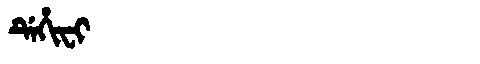
Manchu: ᡩᡝᡥᡳᠸᡳ
Romanization: DEHIFI